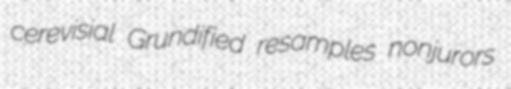
cerevisial Grundified resamples nonjurors